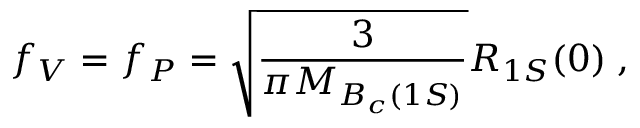
f _ { V } = f _ { P } = \sqrt { \frac { 3 } { \pi M _ { B _ { c } ( 1 S ) } } } R _ { 1 S } ( 0 ) \; ,